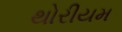
થોરીયમ